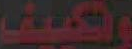
وتكييف